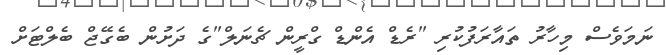
ނަމަވެސް މިހާރު ތައާރަފުކުރި "ރެޑް އެންޑް ގްރީން ޗެނަލް"ގެ ދަށުން ބެގޭޖް ބެލްޓަށް